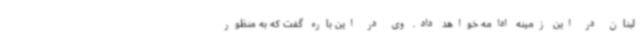
لبنان در این زمینه ادامه خواهد داد. وی در این باره گفت که به منظور